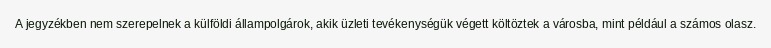
A jegyzékben nem szerepelnek a külföldi állampolgárok, akik üzleti tevékenységük végett költöztek a városba, mint például a számos olasz.